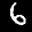
Label: 6